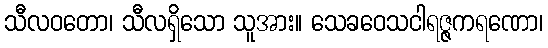
သီလဝတော၊ သီလရှိသော သူအား။ သေခဝေသငါရဇ္ဇကရဏော၊